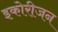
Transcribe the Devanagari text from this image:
इकोरीजन